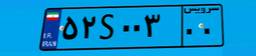
۵۲S۰۰۳۰۰